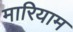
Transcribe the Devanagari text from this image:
मारियाम